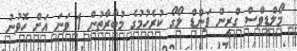
މޯލްޑިވްސް ގްރީން ފަންޑް ލޯގޯ ކުރެހުމުގެ މުބާރާތުން 1 ވަނަ އަށް ހޮވުނު